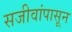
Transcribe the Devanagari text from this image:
सजीवांपासून